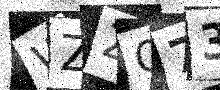
Text: WZZO73